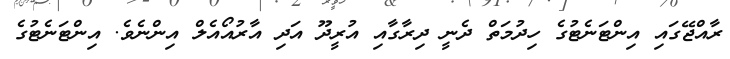
ރާއްޖޭގައި އިންޓަނެޓުގެ ހިދުމަތް ދެނީ ދިރާގާއި އުރީދޫ އަދި އާރުއޯއެލް އިންނެވެ. އިންޓަނެޓުގެ